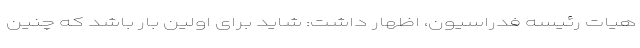
هیات رئیسه فدراسیون، اظهار داشت: شاید برای اولین بار باشد که چنین